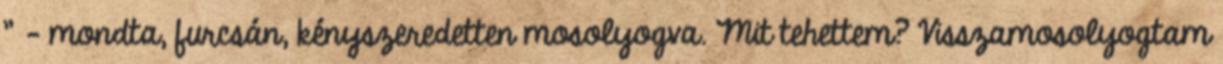
” – mondta, furcsán, kény­szeredetten mosolyogva. Mit tehettem? Visszamosolyogtam